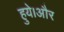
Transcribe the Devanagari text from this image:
हुये।और